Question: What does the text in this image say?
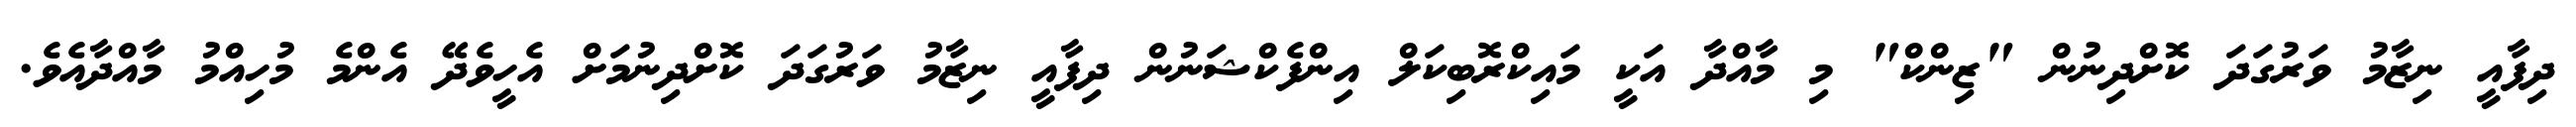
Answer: ދިފާއީ ނިޒާމު ވަރުގަދަ ކޮށްދިނުން "ޒިންކް" މި މާއްދާ އަކީ މައިކްރޮބިކަލް އިންފެކްޝަނުން ދިފާއީ ނިޒާމު ވަރުގަދަ ކޮށްދިނުމަށް އެހީވެދޭ އެންމެ މުހިއްމު މާއްދާއެވެ.